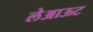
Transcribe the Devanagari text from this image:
लेअाऊट